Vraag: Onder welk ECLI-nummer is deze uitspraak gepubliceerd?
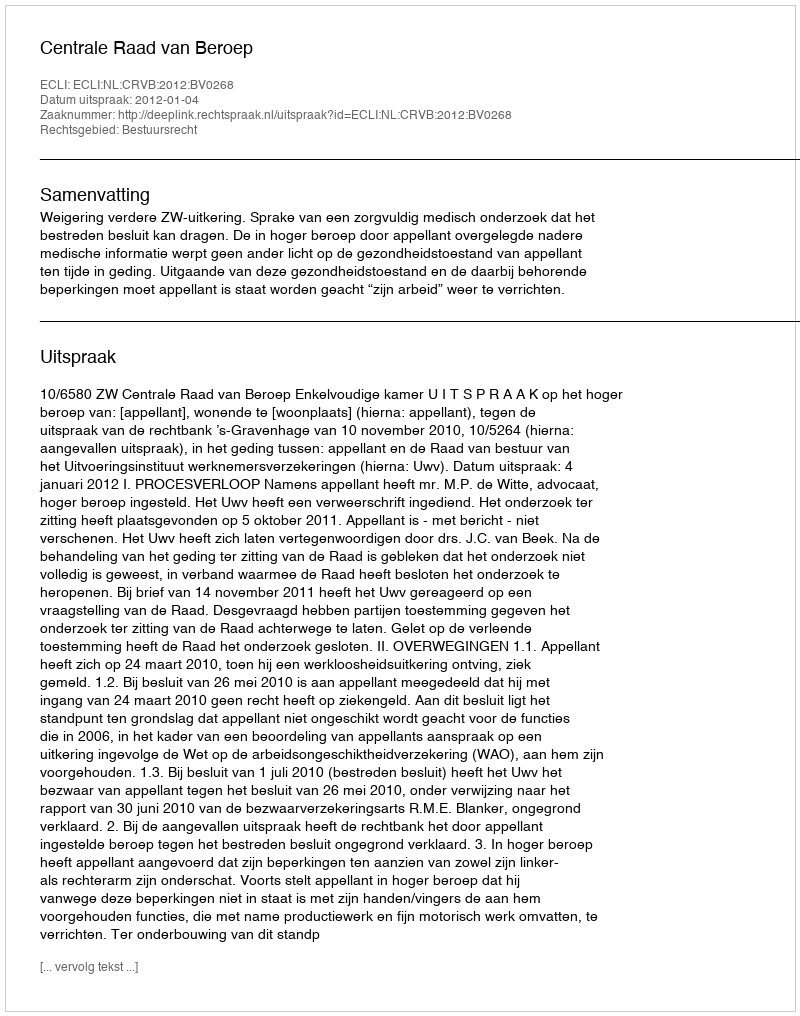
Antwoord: ECLI:NL:CRVB:2012:BV0268